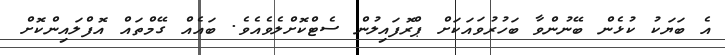
އެ ބަޔަކު ކުޅެން ބޭނުންވާ ބަހުރުވައަކަށް ޕްރޮފައިލުން ސެޓްކޮށްލެވެއެވެ. ބައެއް ގޭމްތައް އޮފްލައިންކޮށް